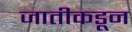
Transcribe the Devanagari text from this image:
जातीकडून